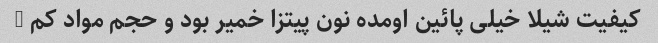
کیفیت شیلا خیلی پائین اومده نون پیتزا خمیر بود و حجم مواد کم …